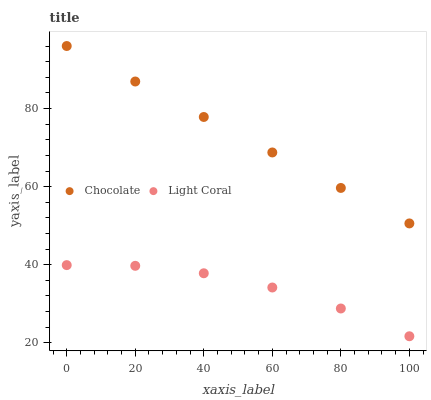
| xaxis_label | Chocolate | Light Coral |
 | --- | --- | --- |
 | 0 | 96 | 39.9 |
 | 20 | 86.9 | 39.7 |
 | 40 | 77.8 | 37.8 |
 | 60 | 68.7 | 34.2 |
 | 80 | 59.7 | 28.8 |
 | 100 | 50.6 | 21.7 |